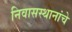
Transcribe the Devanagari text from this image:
निवासस्थानांचे